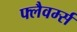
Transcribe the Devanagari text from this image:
फ्लैवर्म्स